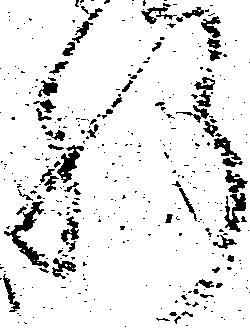
肝